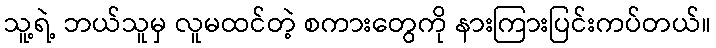
သူ့ရဲ့ ဘယ်သူမှ လူမထင်တဲ့ စကားတွေကို နားကြားပြင်းကပ်တယ်။